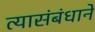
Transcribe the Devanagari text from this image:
त्यासंबंधाने